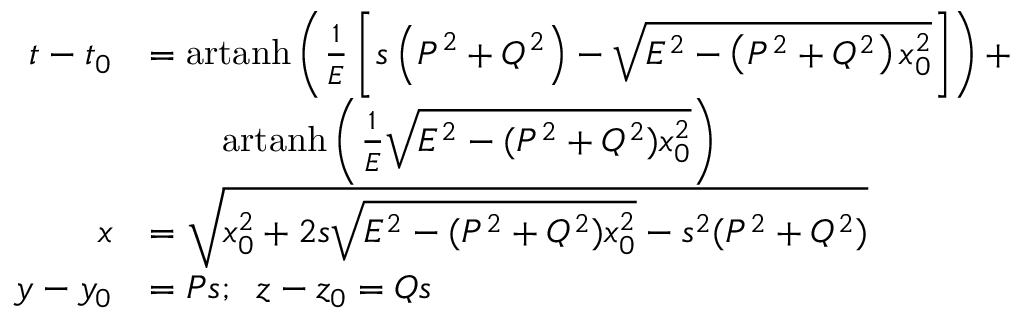
{ \begin{array} { r l } { t - t _ { 0 } } & { = \operatorname { a r t a n h } \left( { \frac { 1 } { E } } \left[ s \left( P ^ { 2 } + Q ^ { 2 } \right) - { \sqrt { E ^ { 2 } - \left( P ^ { 2 } + Q ^ { 2 } \right) x _ { 0 } ^ { 2 } } } \right] \right) + } \\ & { \qquad \operatorname { a r t a n h } \left( { \frac { 1 } { E } } { \sqrt { E ^ { 2 } - ( P ^ { 2 } + Q ^ { 2 } ) x _ { 0 } ^ { 2 } } } \right) } \\ { x } & { = { \sqrt { x _ { 0 } ^ { 2 } + 2 s { \sqrt { E ^ { 2 } - ( P ^ { 2 } + Q ^ { 2 } ) x _ { 0 } ^ { 2 } } } - s ^ { 2 } ( P ^ { 2 } + Q ^ { 2 } ) } } } \\ { y - y _ { 0 } } & { = P s ; \; \; z - z _ { 0 } = Q s } \end{array} }